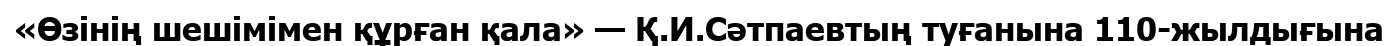
«Өзінің шешімімен құрған қала» — Қ.И.Сәтпаевтың туғанына 110-жылдығына